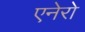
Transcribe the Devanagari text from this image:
एनेरो